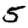
Digit: 5